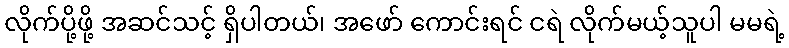
လိုက်ပို့ဖို့ အဆင်သင့် ရှိပါတယ်၊ အဖော် ကောင်းရင် ငရဲ လိုက်မယ့်သူပါ မမရဲ့